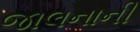
જાલનાની